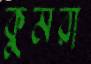
কুমরা